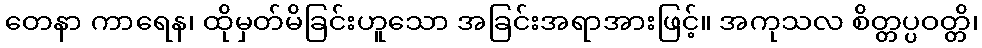
တေနာ ကာရေန၊ ထိုမှတ်မိခြင်းဟူသော အခြင်းအရာအားဖြင့်။ အကုသလ စိတ္တပ္ပဝတ္တိ၊